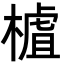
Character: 樝